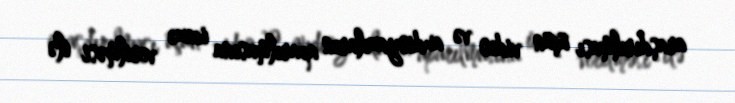
araşdırılması üçün video və audioyazıların aparılmasına icazə verilməsi ilə